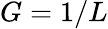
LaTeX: G=1/L